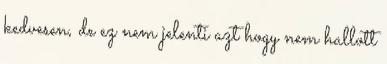
kedvesen, de ez nem jelenti azt hogy nem hallott